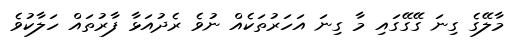
މާލޭގެ ގިނަ ގޭގޭގައި މާ ގިނަ އަހަރުތަކެއް ނުވެ ރެދުއަޅާ ފާރުތައް ހަލާކުވެ